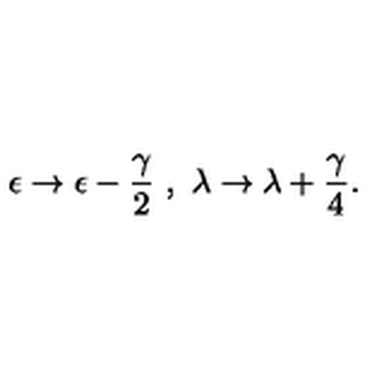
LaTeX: \epsilon \rightarrow \epsilon - \frac { \gamma } { 2 } \ , \ \lambda \rightarrow \lambda + \frac { \gamma } { 4 } .